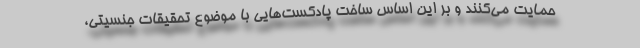
حمایت می‌کنند و بر این اساس ساخت پادکست‌هایی با موضوع تحقیقات جنسیتی،